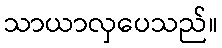
သာယာလှပေသည်။